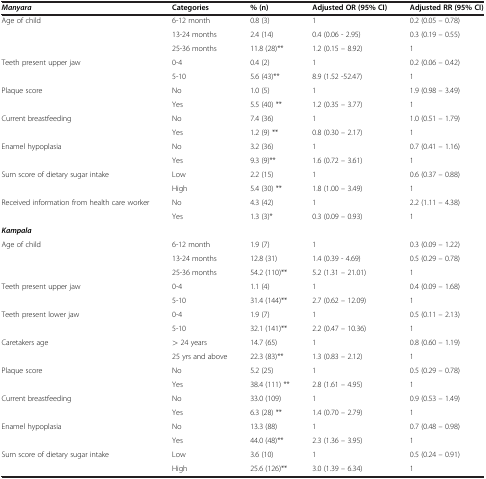
<table><thead><tr><td><b><i>Manyara</i></b></td><td><b>Categories</b></td><td><b>% (n)</b></td><td><b>Adjusted OR (95% CI)</b></td><td><b>Adjusted RR (95% CI)</b></td></tr></thead><tbody><tr><td rowspan="3">Age of child</td><td>6-12 month</td><td>0.8 (3)</td><td>1</td><td>0.2 (0.05 – 0.78)</td></tr><tr><td>13-24 months</td><td>2.4 (14)</td><td>0.4 (0.06 - 2.95)</td><td>0.3 (0.19 – 0.55)</td></tr><tr><td>25-36 months</td><td>11.8 (28)**</td><td>1.2 (0.15 – 8.92)</td><td>1</td></tr><tr><td rowspan="2">Teeth present upper jaw</td><td>0-4</td><td>0.4 (2)</td><td>1</td><td>0.2 (0.06 – 0.42)</td></tr><tr><td>5-10</td><td>5.6 (43)**</td><td>8.9 (1.52 -52.47)</td><td>1</td></tr><tr><td rowspan="2">Plaque score</td><td>No</td><td>1.0 (5)</td><td>1</td><td>1.9 (0.98 – 3.49)</td></tr><tr><td>Yes</td><td>5.5 (40) **</td><td>1.2 (0.35 – 3.77)</td><td>1</td></tr><tr><td rowspan="2">Current breastfeeding</td><td>No</td><td>7.4 (36)</td><td>1</td><td>1.0 (0.51 – 1.79)</td></tr><tr><td>Yes</td><td>1.2 (9) **</td><td>0.8 (0.30 – 2.17)</td><td>1</td></tr><tr><td rowspan="2">Enamel hypoplasia</td><td>No</td><td>3.2 (36)</td><td>1</td><td>0.7 (0.41 – 1.16)</td></tr><tr><td>Yes</td><td>9.3 (9)**</td><td>1.6 (0.72 – 3.61)</td><td>1</td></tr><tr><td rowspan="2">Sum score of dietary sugar intake</td><td>Low</td><td>2.2 (15)</td><td>1</td><td>0.6 (0.37 – 0.88)</td></tr><tr><td>High</td><td>5.4 (30) **</td><td>1.8 (1.00 – 3.49)</td><td>1</td></tr><tr><td rowspan="2">Received information from health care worker</td><td>No</td><td>4.3 (42)</td><td>1</td><td>2.2 (1.11 – 4.38)</td></tr><tr><td>Yes</td><td>1.3 (3)*</td><td>0.3 (0.09 – 0.93)</td><td>1</td></tr><tr><td><b><i>Kampala</i></b></td><td> </td><td> </td><td> </td><td> </td></tr><tr><td rowspan="3">Age of child</td><td>6-12 month</td><td>1.9 (7)</td><td>1</td><td>0.3 (0.09 – 1.22)</td></tr><tr><td>13-24 months</td><td>12.8 (31)</td><td>1.4 (0.39 - 4.69)</td><td>0.5 (0.29 – 0.78)</td></tr><tr><td>25-36 months</td><td>54.2 (110)**</td><td>5.2 (1.31 – 21.01)</td><td>1</td></tr><tr><td rowspan="2">Teeth present upper jaw</td><td>0-4</td><td>1.1 (4)</td><td>1</td><td>0.4 (0.09 – 1.68)</td></tr><tr><td>5-10</td><td>31.4 (144)**</td><td>2.7 (0.62 – 12.09)</td><td>1</td></tr><tr><td rowspan="2">Teeth present lower jaw</td><td>0-4</td><td>1.9 (7)</td><td>1</td><td>0.5 (0.11 – 2.13)</td></tr><tr><td>5-10</td><td>32.1 (141)**</td><td>2.2 (0.47 – 10.36)</td><td>1</td></tr><tr><td rowspan="2">Caretakers age</td><td>&gt; 24 years</td><td>14.7 (65)</td><td>1</td><td>0.8 (0.60 – 1.19)</td></tr><tr><td>25 yrs and above</td><td>22.3 (83)**</td><td>1.3 (0.83 – 2.12)</td><td>1</td></tr><tr><td rowspan="2">Plaque score</td><td>No</td><td>5.2 (25)</td><td>1</td><td>0.5 (0.29 – 0.78)</td></tr><tr><td>Yes</td><td>38.4 (111) **</td><td>2.8 (1.61 – 4.95)</td><td>1</td></tr><tr><td rowspan="2">Current breastfeeding</td><td>No</td><td>33.0 (109)</td><td>1</td><td>0.9 (0.53 – 1.49)</td></tr><tr><td>Yes</td><td>6.3 (28) **</td><td>1.4 (0.70 – 2.79)</td><td>1</td></tr><tr><td rowspan="2">Enamel hypoplasia</td><td>No</td><td>13.3 (88)</td><td>1</td><td>0.7 (0.48 – 0.98)</td></tr><tr><td>Yes</td><td>44.0 (48)**</td><td>2.3 (1.36 – 3.95)</td><td>1</td></tr><tr><td>Sum score of dietary sugar intake</td><td>Low</td><td>3.6 (10)</td><td>1</td><td>0.5 (0.24 – 0.91)</td></tr><tr><td> </td><td>High</td><td>25.6 (126)**</td><td>3.0 (1.39 – 6.34)</td><td>1</td></tr></tbody></table>